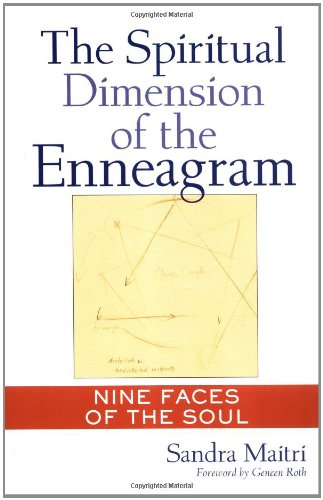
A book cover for The Spiritual Dimension of the Enneagram: Nine Faces of the Soul; Sandra Maitri; Religion & Spirituality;